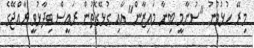
މިރޭ ހުޅުވުނު "ސުނާމީ ބިނާ މައިޒާން" އާއި ގުޅޭގޮތުން ރައީސް ވިދާޅުވީ ރާއްޖޭގެ